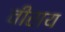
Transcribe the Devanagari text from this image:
वीराय